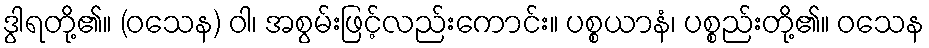
ဒွါရတို့၏။ (ဝသေန) ဝါ၊ အစွမ်းဖြင့်လည်းကောင်း။ ပစ္စယာနံ၊ ပစ္စည်းတို့၏။ ဝသေန